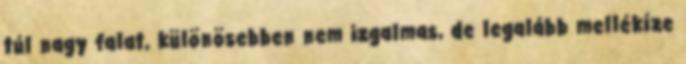
túl nagy falat, különösebben nem izgalmas, de legalább mellékíze